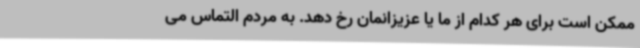
ممکن است برای هر کدام از ما یا عزیزانمان رخ دهد. به مردم التماس می